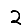
Digit: 2